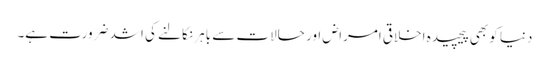
دنیا کو بھی پیچیدہ اخلاقی امراض اور حالات سے باہر نکالنے کی اشد ضرورت ہے۔